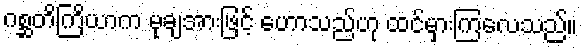
ဂစ္ဆတိကြိယာက မုချအားဖြင့် ဟောသည်ဟု ထင်မှားကြလေသည်။